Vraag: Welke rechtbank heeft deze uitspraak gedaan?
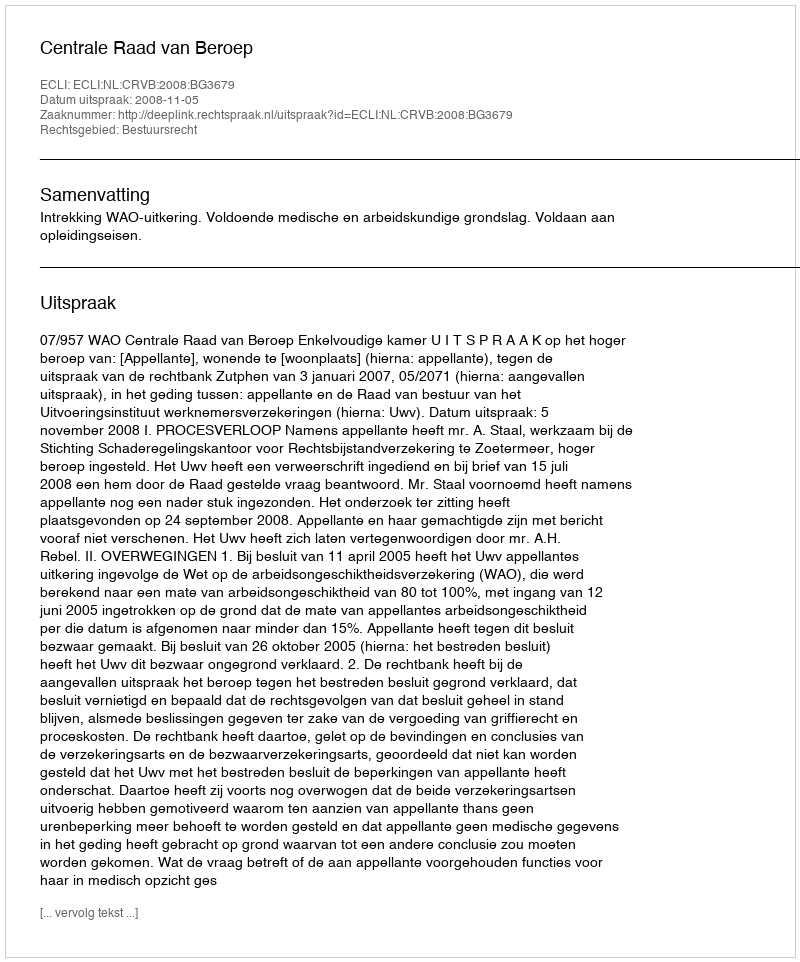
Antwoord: Centrale Raad van Beroep